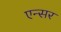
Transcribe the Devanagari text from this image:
एन्सर